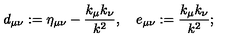
d _ { \mu \nu } : = \eta _ { \mu \nu } - \frac { k _ { \mu } k _ { \nu } } { k ^ { 2 } } , \quad e _ { \mu \nu } : = \frac { k _ { \mu } k _ { \nu } } { k ^ { 2 } } ;